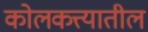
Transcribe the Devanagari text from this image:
कोलकत्त्यातील